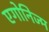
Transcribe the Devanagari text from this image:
एगोनिज्म